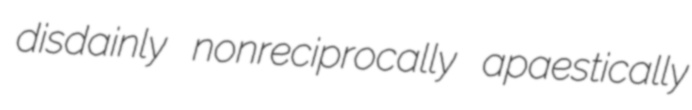
disdainly nonreciprocally apaestically